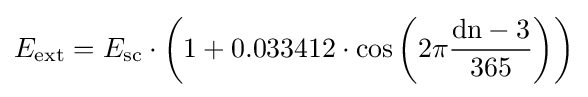
E_{\rm {ext}}=E_{\rm {sc}}\cdot \left(1+0.033412\cdot \cos \left(2\pi {\frac {{\rm {dn}}-3}{365}}\right)\right)